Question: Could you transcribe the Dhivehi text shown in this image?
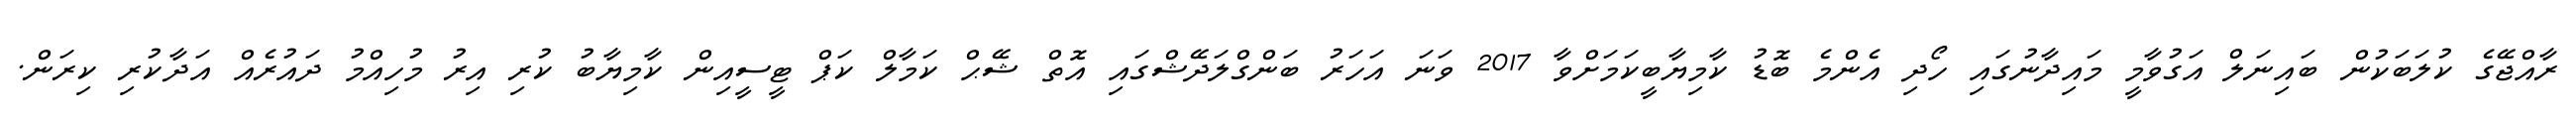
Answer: ރާއްޖޭގެ ކުލަބަކުން ބައިނަލް އަގުވާމީ މައިދާނުގައި ހޯދި އެންމެ ބޮޑު ކާމިޔާބީކަމަށްވާ 2017 ވަނަ އަހަރު ބަންގްލަދޭޝްގައި އޮތް ޝޭޙް ކަމާލް ކަޕް ޓީސީއިން ކާމިޔާބު ކުރި އިރު މުހިއްމު ދައުރެއް އަދާކުރި ކިރަން.